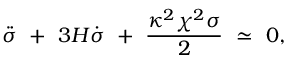
\ddot { \sigma } \ + \ 3 H \dot { \sigma } \ + \ \frac { \kappa ^ { 2 } \chi ^ { 2 } \sigma } { 2 } \ \simeq \ 0 ,